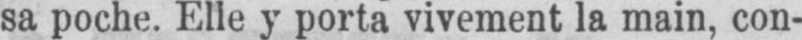
sa poche. Elle y porta vivement la main, con-